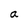
Character: a